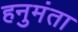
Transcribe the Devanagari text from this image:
हनुमंता